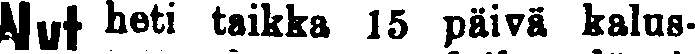
Nytheti taikka 15 päivä kalus-